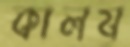
কালয